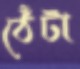
ঠেঁটা